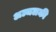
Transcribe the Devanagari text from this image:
अञ्चलकी